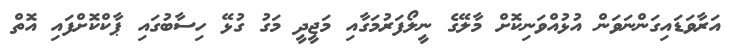
އަރާވަޑައިގަންނަވަން އުޅުއްވަނިކޮށް މާލޭގެ ނީލޯފަރުމަގާއި މަޖީދީ މަގު ގުޅޭ ހިސާބުގައި ޕާކްކޮށްފައި އޮތް